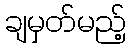
ချမှတ်မည့်